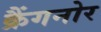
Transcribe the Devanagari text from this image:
क्रैंगनोर